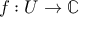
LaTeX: f : U \to \mathbb { C }